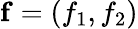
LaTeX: \mathbf{f}=(f_{1},f_{2})